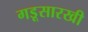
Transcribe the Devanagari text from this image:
गडूसारखी